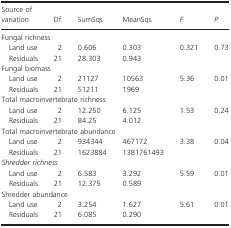
| Source of variation | Df | SumSqs | MeanSqs | F | P |
 | --- | --- | --- | --- | --- | --- |
 | <COLSPAN=6> Fungal richness |
 | Land use | 2 | 0.606 | 0.303 | <ROWSPAN=2> 0.321 | <ROWSPAN=2> 0.73 |
 | Residuals | 21 | 28.303 | 0.943 |
 | <COLSPAN=6> Fungal biomass |
 | Land use | 2 | 21127 | 10563 | <ROWSPAN=2> 5.36 | <ROWSPAN=2> 0.01 |
 | Residuals | 21 | 51211 | 1969 |
 | <COLSPAN=6> Total macroinvertebrate richness |
 | Land use | 2 | 12.250 | 6.125 | <ROWSPAN=2> 1.53 | <ROWSPAN=2> 0.24 |
 | Residuals | 21 | 84.25 | 4.012 |
 | <COLSPAN=6> Total macroinvertebrate abundance |
 | Land use | 2 | 934344 | 467172 | <ROWSPAN=2> 3.38 | <ROWSPAN=2> 0.04 |
 | Residuals | 21 | 1623884 | 1381761493 |
 | <COLSPAN=6> Shredder richness |
 | Land use | 2 | 6.583 | 3.292 | <ROWSPAN=2> 5.59 | <ROWSPAN=2> 0.01 |
 | Residuals | 21 | 12.375 | 0.589 |
 | <COLSPAN=6> Shredder abundance |
 | Land use | 2 | 3.254 | 1.627 | <ROWSPAN=2> 5.61 | <ROWSPAN=2> 0.01 |
 | Residuals | 21 | 6.085 | 0.290 |